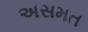
અસમત